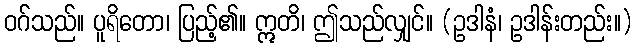
ဝဂ်သည်။ ပူရိတော၊ ပြည့်၏။ ဣတိ၊ ဤသည်လျှင်။ (ဥဒါနံ၊ ဥဒါန်းတည်း။)